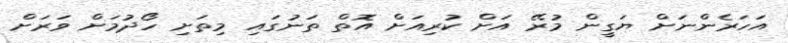
އަހަރެންނަށް ޔަގީން މުރޭ އަށް ކުރިއަށް އޮތް ތަނުގައި މިތަށި ހޯދުމަށް ވަރަށް